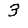
Digit: 3